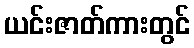
ယင်းဇာတ်ကားတွင်